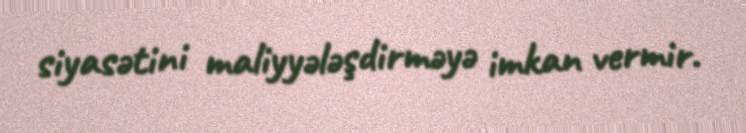
siyasətini maliyyələşdirməyə imkan vermir.